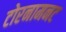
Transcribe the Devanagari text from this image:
टोरनामनट